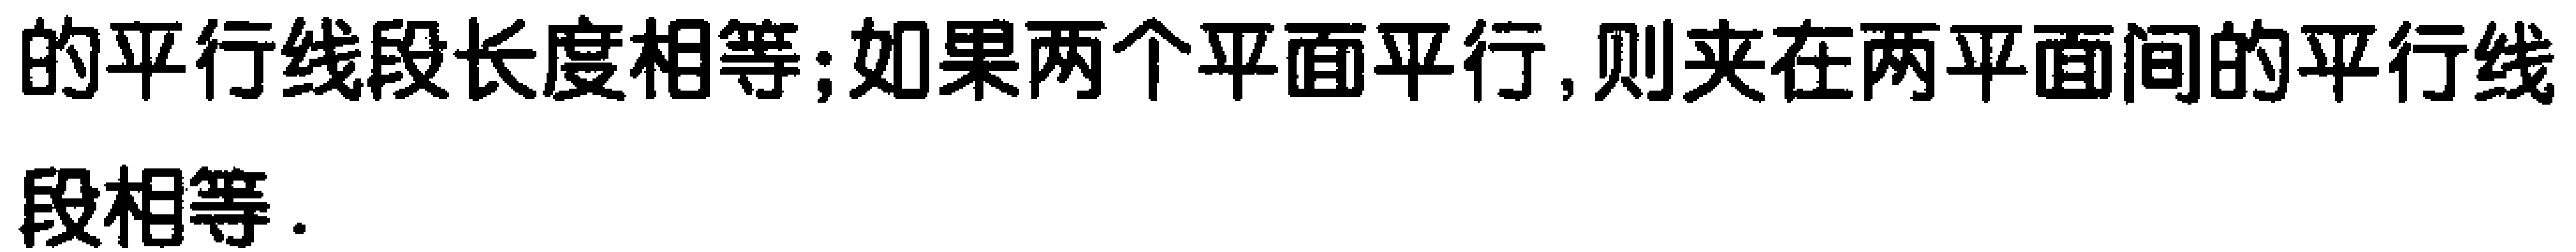
的平行线段长度相等;如果两个平面平行,则夹在两平面间的平行线段相等.